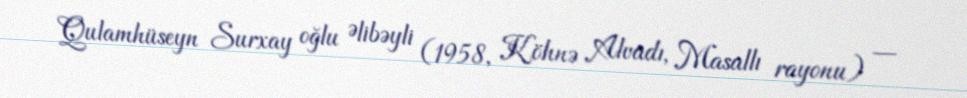
Qulamhüseyn Surxay oğlu Əlibəyli (1958, Köhnə Alvadı, Masallı rayonu) —